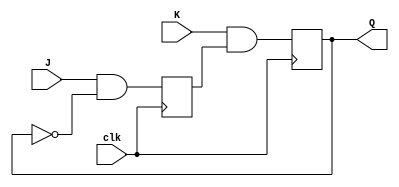
module jk_ff(
    input J, K, clk,
    output reg Q
);

reg Q_m, Q_s;

always @(posedge clk) begin
    Q_m <= J & ~Q_s;
    Q_s <= K & Q_m;
end

assign Q = Q_s;

endmodule